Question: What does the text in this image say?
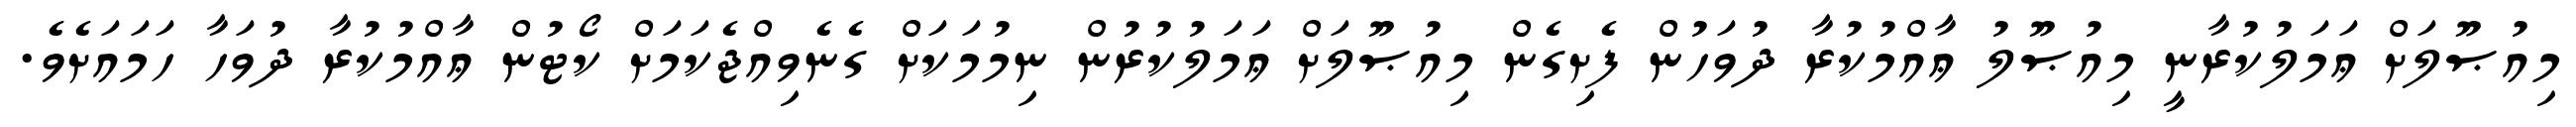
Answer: މިއުޞޫލަށް ޢަމަލުކުރާނީ މިއުޞޫލު ޢާއްމުކުރާ ދުވަހުން ފެށިގެން މިއުޞޫލަށް ޢަމަލުކުރުން ނިމުމަކަށް ގެނެވިއްޖެކަމަށް ކޯޓުން ޢާއްމުކުރާ ދުވަހާ ހަމައަށެވެ.